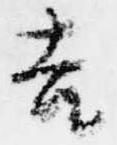
吉